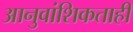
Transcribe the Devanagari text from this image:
आनुवांशिकताही